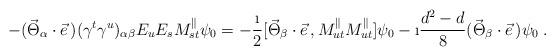
LaTeX: \begin{align*}-(\vec{\Theta}_\alpha\cdot\vec{e}\,)(\gamma^t\gamma^u)_{\alpha\beta}E_uE_sM_{st}^{\parallel}\psi_0=-\frac{\i}{2}[\vec{\Theta}_\beta\cdot\vec{e}\,,M_{ut}^{\parallel}M_{ut}^{\parallel}]\psi_0-\i\frac{d^2-d}{8}(\vec{\Theta}_\beta\cdot\vec{e}\,)\psi_0\;.\end{align*}